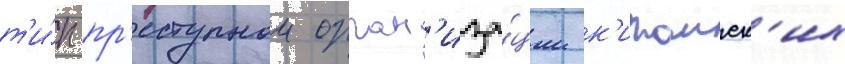
т'и́п пр'еступнои орган'иза́ции к'итаиск'их